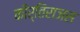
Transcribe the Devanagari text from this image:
कीर्तिराजस